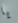
يا